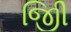
જીિી